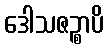
ဒေါသဇဉ္စာပိ